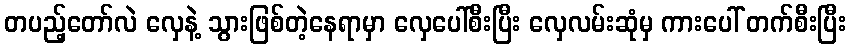
တပည့်တော်လဲ လှေနဲ့ သွားဖြစ်တဲ့နေရာမှာ လှေပေါ်စီးပြီး လှေလမ်းဆုံမှ ကားပေါ် တက်စီးပြီး